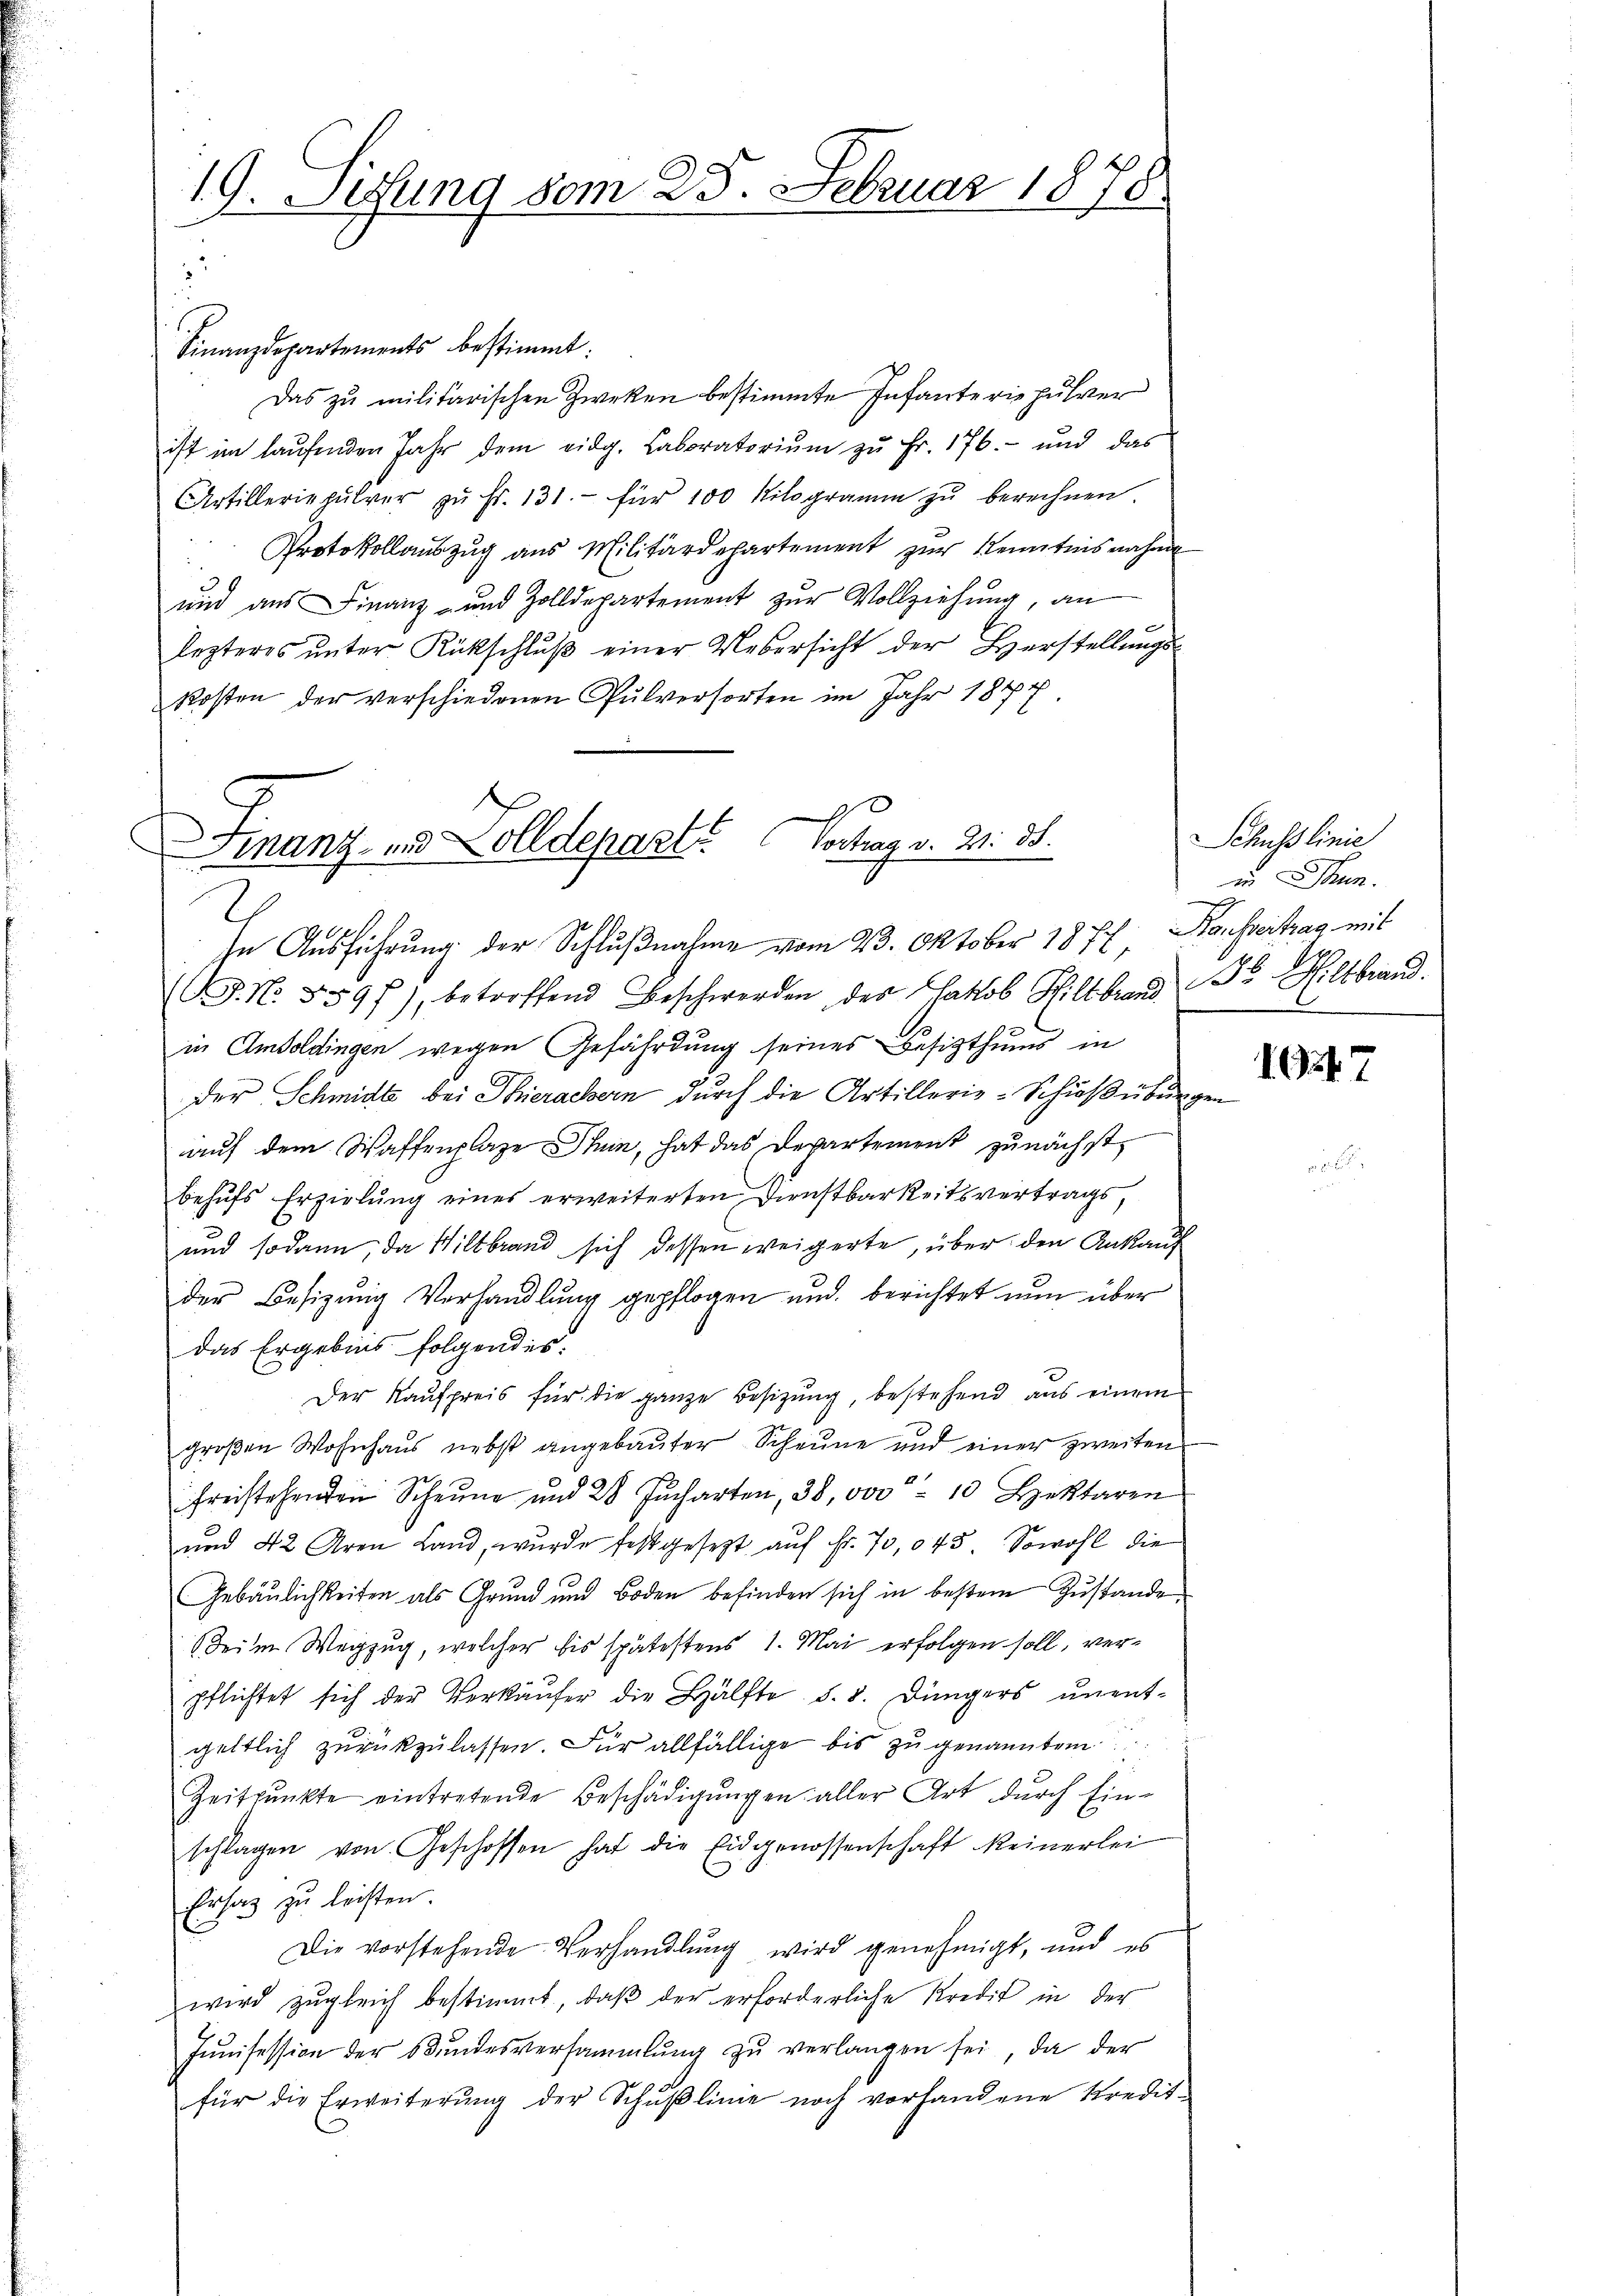
19. Sitzung vom 25. Februar 1878

Finanzdepartements bestimmt:
Das zu militarischen Zweken bestimmte Infanteriepulver
ist im laŭfenden Jahr dem eidg. Laboratoriŭm zŭ Fr. 176.- und das
Artilleriepulver zŭ Fr. 131.- für 100 Kilogramm zu berechnen.
Protokollaŭszŭg aŭs Militärdepartement zŭr Kenntnisnahme
und aus Finanz- und Zolldepartement zur Vollziehung, an
lezteres ŭnter Rückschlŭβ einer Uebersicht der Herstellungskosten der verschiedenen Pulversorten im Jahr 1877

Finanz- und Zolldepart? Vortrag v. 21. 35.
In Ausführung der Schlŭβnahme vom 23. Oktober 1877 Konseitrag mit

(J. N. 5597), betreffend Beschwerden des Jakob Hiltbrand Dr. Hiltbrand.
in Amtoldingen wegen Gefährdung seines Besitzthums in
der Schmidte bei Thierachern durch die Artillerie-Schießübungen
auf dem Waffenplaze Thun, hat das Departement zunächst
behŭfs Erzielung eines erweiterten Dienstbarkeitsvertrags,
und sodann, da Wiltbrand sich dessen weigerte, über den Ankauf
der Besizung Verhandlung gepflogen und berichtet nun über
das Ergebnis folgendes.
Der Kaufpreis für die ganze Besizung, bestehend aus einem
großen Wohnhaus nebst angebauter Scheune und einer zweiten
freistehenden Scheŭne und 28 Jucharten, 38, 000 10 Beklaren
und 42 Aren Land, wurde festgesetzt aŭf fr. 70,045 Sowohl die
Gebäulichkeiten als Grund und Boden befinden sich in bestem Zustande
Beim Wegzug, welcher bis spätestens 1. Mai erfolgen soll, verpflichtet sich der Verkäufer die Hälfte §. 8. Düngers unentgeltlich zurückzulassen. Für allfällige bis zu genanntem
Zeitpunkte eintretende Beschädigŭngen aller Art durch Ein-
schlagen von Geschoffen hat die Eidgenossenschaft keinerlei
Ersatz zu leisten.
Die vorstehende Verhandlung wird genehmigt, und es
wird zugleich bestimmt, daβ der erforderliche Kredit in der
Jŭnisession der Bŭndesversammlung zŭ verlangen sei, da der
für die Erweiterŭng der Schŭβlinie noch vorhandene Kredit-

Schusslinie
en.

1247